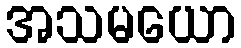
အသမယော